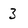
Character: 3